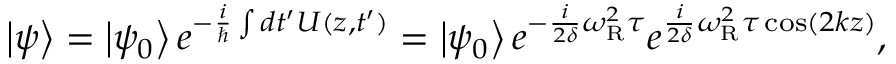
\left| \psi \right\rangle = \left| \psi _ { 0 } \right\rangle e ^ { - { \frac { i } { \hbar } } \int d t ^ { \prime } U ( z , t ^ { \prime } ) } = \left| \psi _ { 0 } \right\rangle e ^ { - { \frac { i } { 2 \delta } } \omega _ { \mathrm { R } } ^ { 2 } \tau } e ^ { { \frac { i } { 2 \delta } } \omega _ { \mathrm { R } } ^ { 2 } \tau \cos ( 2 k z ) } ,